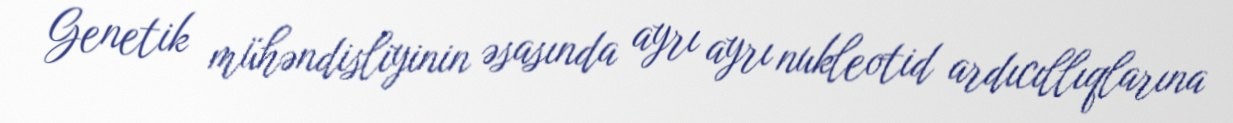
Genetik mühəndisliyinin əsasında ayrı ayrı nukleotid ardıcıllıqlarına